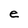
Character: e